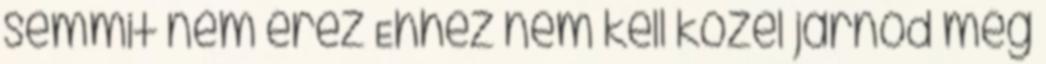
semmit nem érez Ehhez nem kell közel járnod még